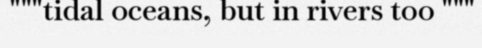
"""tidal oceans, but in rivers too """